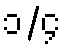
၁/၄